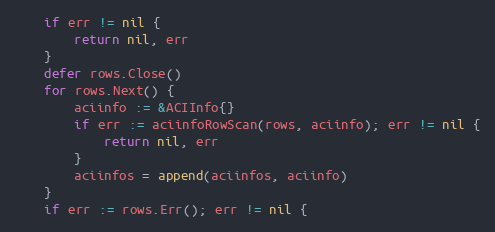
Language: Go
	if err != nil {
		return nil, err
	}
	defer rows.Close()
	for rows.Next() {
		aciinfo := &ACIInfo{}
		if err := aciinfoRowScan(rows, aciinfo); err != nil {
			return nil, err
		}
		aciinfos = append(aciinfos, aciinfo)
	}
	if err := rows.Err(); err != nil {